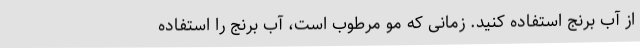
از آب برنج استفاده کنید. زمانی که مو مرطوب است، آب برنج را استفاده